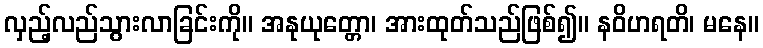
လှည့်လည်သွားလာခြင်းကို။ အနုယုတ္တော၊ အားထုတ်သည်ဖြစ်၍။ နဝိဟရတိ၊ မနေ။